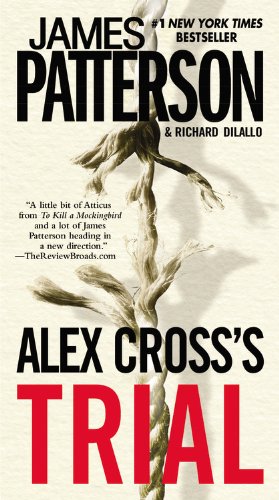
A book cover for Alex Cross's Trial; James Patterson; Literature & Fiction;